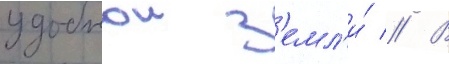
удобнои з'емл'и́ // В